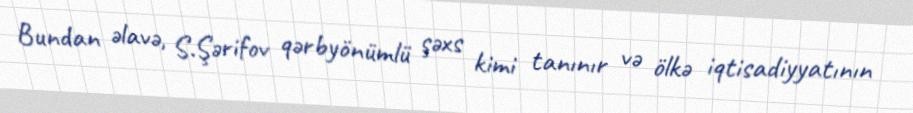
Bundan əlavə, S.Şərifov qərbyönümlü şəxs kimi tanınır və ölkə iqtisadiyyatının